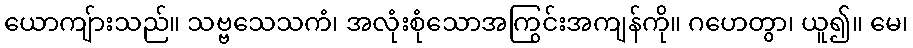
ယောကျ်ားသည်။ သဗ္ဗသေသကံ၊ အလုံးစုံသောအကြွင်းအကျန်ကို။ ဂဟေတွာ၊ ယူ၍။ မေ၊